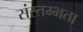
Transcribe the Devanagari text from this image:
संस्तम्भता